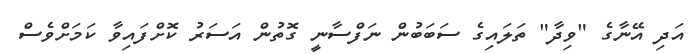
އަދި އޭނާގެ "ވިދާ" ތަލައިގެ ސަބަބުން ނަފްސާނީ ގޮތުން އަސަރު ކޮށްފައިވާ ކަމަށްވެސް